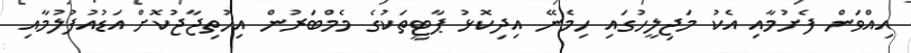
އިއްވަން ފެށުމާއި އެކު މަޖިލީހުގައި ހިމެނޭ އިދިކޮޅު ޕާޓީތަކުގެ މެމްބަރުން އިހުތިޖާޖުކޮށް އަޑުއުފުލުމާއި